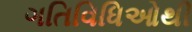
ગતિવિધિઓથી